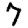
Digit: 7